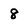
Character: 8